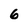
Character: 6